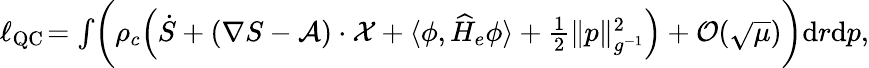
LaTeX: \begin{array}{r}{\ell_{\operatorname{QC}}\! =\int\! \bigg(\rho_{c}\Big(\dot{S}+(\nabla S-\mathcal{A})\cdot\mathcal{X}+\langle\phi,\widehat H_{e}\phi\rangle+\frac{1}{2}\| p\| _{g^{-1}}^{2}\Big)+\mathcal{O}(\sqrt{\mu})\bigg){\mathrm{d}}r{\mathrm{d}}p,}\end{array}